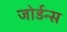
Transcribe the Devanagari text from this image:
जोर्डन्स